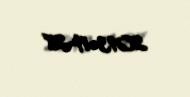
2013-11-28